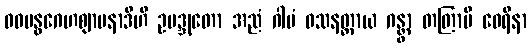
ဝဓဗန္ဓဂေဟဈာပနာဒီဟိ ဥပဒ္ဒုတော အညံ ဂါမံ ဝသနတ္ထာယ ဂန္တွာ တတြာပိ ဝေရိနာ